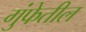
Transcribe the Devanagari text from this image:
गुंफेतील